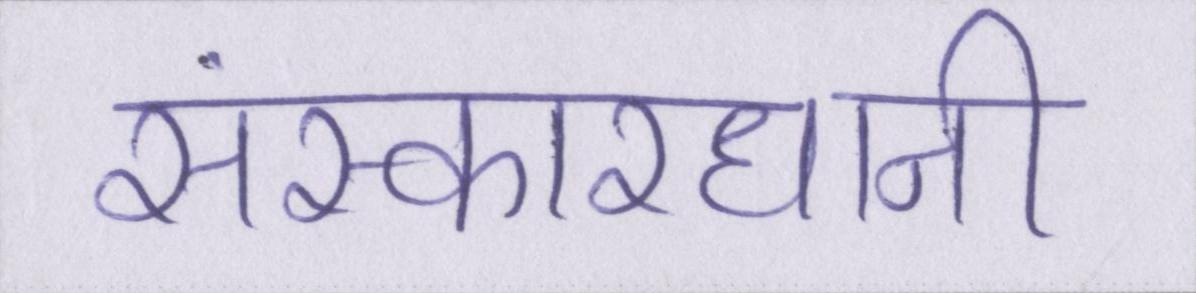
संस्कारधानी